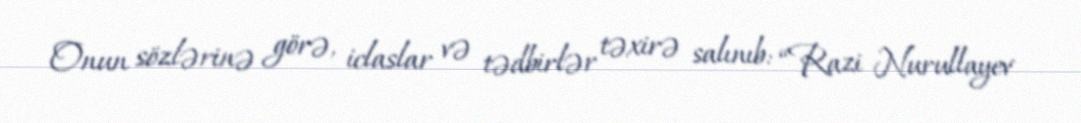
Onun sözlərinə görə, iclaslar və tədbirlər təxirə salınıb: “Razi Nurullayev